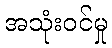
အသုံးဝင်မှု